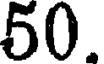
50.